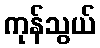
ကုန်သွယ်